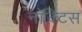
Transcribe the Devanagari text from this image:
नॉक्टिस